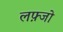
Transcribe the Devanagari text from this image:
लफ़्जो